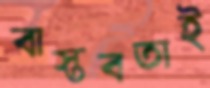
বাস্তবতাই